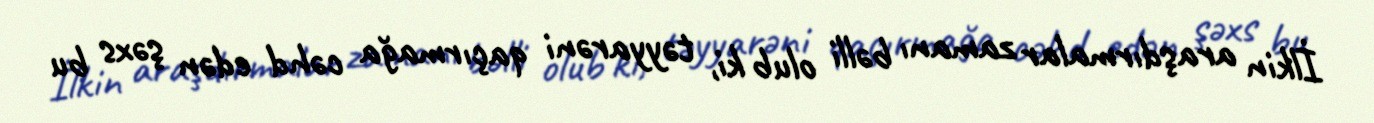
İlkin araşdırmalar zamanı bəlli olub ki, təyyarəni qaçırmağa cəhd edən şəxs bu